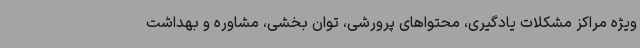
ویژه مراکز مشکلات یادگیری، محتواهای پرورشی، توان بخشی، مشاوره و بهداشت